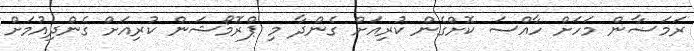
ރަމަޟާން މަހަށް ހާއްސަ ކޮށްގެން ކުރިއަށް ގެންދާ މި ޕްރޮމޯޝަން ކުރިއަށް ގެންދިއުމަށް